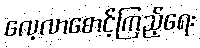
လေ့လာစောင့်ကြည့်ရေး